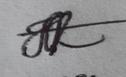
Signature authenticity: genuine